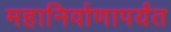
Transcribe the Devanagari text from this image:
महानिर्वाणापर्यंत